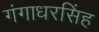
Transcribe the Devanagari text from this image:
गंगाधरसिंह